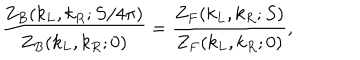
{ \frac { Z _ { B } ( k _ { L } , k _ { R } ; S / 4 \pi ) } { Z _ { B } ( k _ { L } , k _ { R } ; 0 ) } } = { \frac { Z _ { F } ( k _ { L } , k _ { R } ; S ) } { Z _ { F } ( k _ { L } , k _ { R } ; 0 ) } } ,